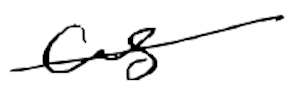
Text: as
Cross-out: single-line
Writing tool: digital_black